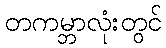
တကမ္ဘာလုံးတွင်